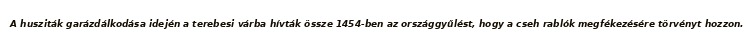
A husziták garázdálkodása idején a terebesi várba hívták össze 1454-ben az országgyűlést, hogy a cseh rablók megfékezésére törvényt hozzon.